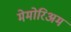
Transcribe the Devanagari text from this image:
मेमोरिअम